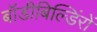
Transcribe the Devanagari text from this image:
बॉडीबिल्डिंरों